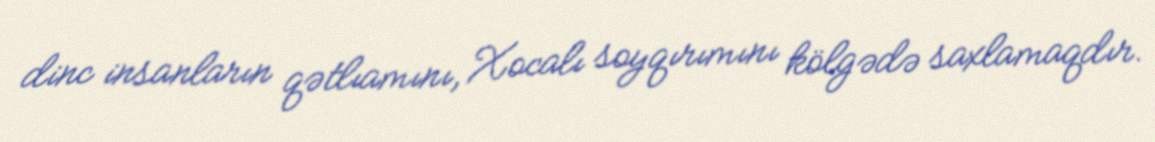
dinc insanların qətlıamını, Xocalı soyqırımını kölgədə saxlamaqdır.